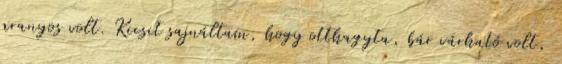
aranyos volt. Kicsit sajnáltam, hogy otthagyta, bár várható volt,